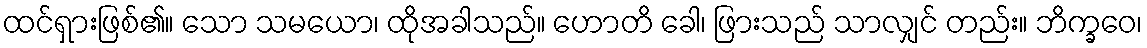
ထင်ရှားဖြစ်၏။ သော သမယော၊ ထိုအခါသည်။ ဟောတိ ခေါ၊ ဖြားသည် သာလျှင် တည်း။ ဘိက္ခဝေ၊